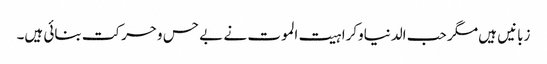
زبانیں ہیں مگر حب الدنیاوکراہیت الموت نے بے حس وحرکت بنائی ہیں۔